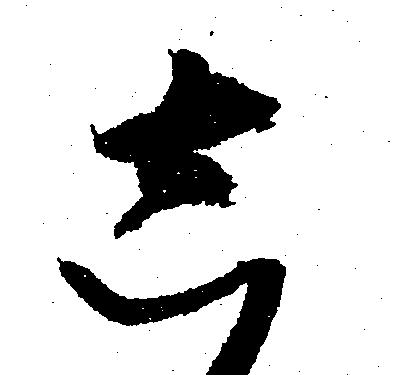
し